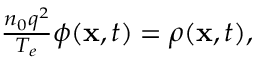
\begin{array} { r } { \frac { n _ { 0 } q ^ { 2 } } { T _ { e } } \phi ( \mathbf { x } , t ) = \rho ( \mathbf { x } , t ) , } \end{array}